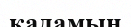
қадамын